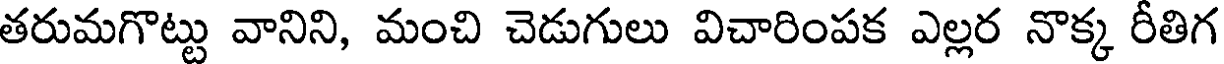
తరుమగొట్టు వానిని, మంచి చెడుగులు విచారింపక ఎల్లర నొక్క రీతిగ